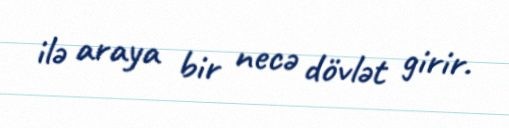
ilə araya bir necə dövlət girir.